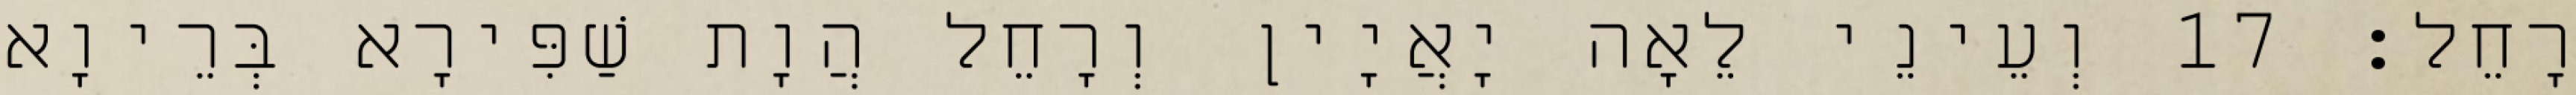
רָחֵל׃ 17 וְעֵינֵי לֵאָה יָאֲיָין וְרָחֵל הֲוָת שַׁפִּירָא בְּרֵיוָא